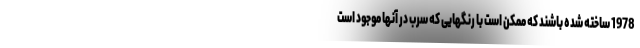
1978 ساخته شده باشند که ممکن است با رنگهایی که سرب در آنها موجود است